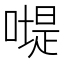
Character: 𠽯